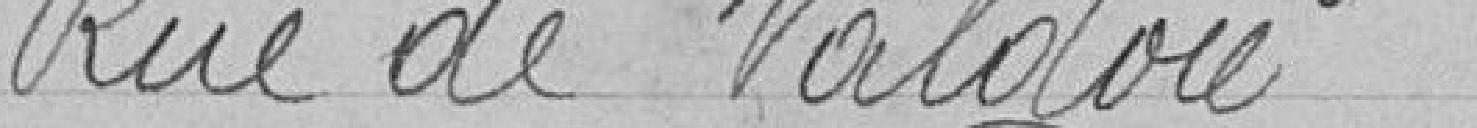
Rue de Valdoie   Eclairage